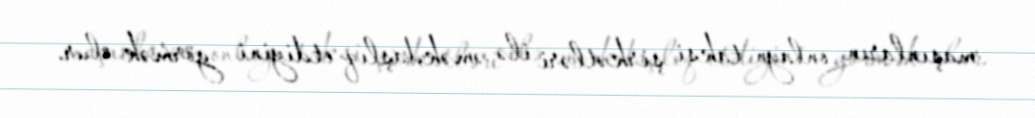
maşınların onlayn taksi şirkətləri ilə əməkdaşlıq etdiyini görmək olur.